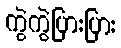
ကွဲကွဲပြားပြား